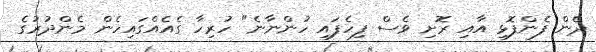
ދެން ފެންފޮޅި އާއި ރޮށި ވެސް ފިހެފައި ހުންނާނެ" ހުރިހާ ގެއެއްގައިހެން މެންދުރުގެ